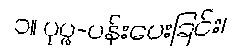
၁။ ပုပ္ဖ-ပန်းပေးခြင်း၊